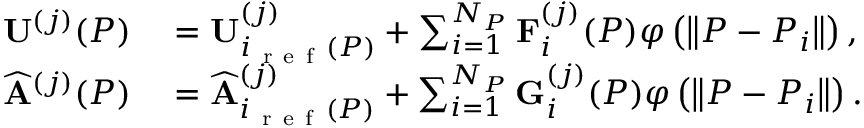
\begin{array} { r l } { \mathbf { U } ^ { ( j ) } ( P ) } & { { } = \mathbf { U } _ { i _ { \mathrm { ~ r ~ e ~ f ~ } } ( P ) } ^ { ( j ) } + \sum _ { i = 1 } ^ { N _ { P } } \mathbf { F } _ { i } ^ { ( j ) } ( P ) \varphi \left( \left\| P - P _ { i } \right\| \right) , } \\ { \widehat { \mathbf { A } } ^ { ( j ) } ( P ) } & { { } = \widehat { \mathbf { A } } _ { i _ { \mathrm { ~ r ~ e ~ f ~ } } ( P ) } ^ { ( j ) } + \sum _ { i = 1 } ^ { N _ { P } } \mathbf { G } _ { i } ^ { ( j ) } ( P ) \varphi \left( \left\| P - P _ { i } \right\| \right) . } \end{array}